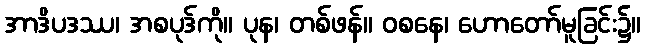
အာဒိပဒဿ၊ အစပုဒ်ကို။ ပုန၊ တစ်ဖန်။ ဝစနေ၊ ဟောတော်မူခြင်း၌။